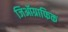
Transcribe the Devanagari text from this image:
जिऑग्राफिक